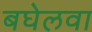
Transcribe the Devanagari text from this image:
बघेलवा